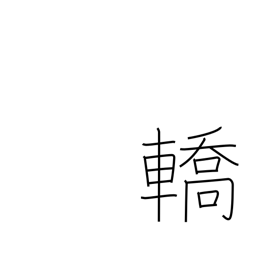
Meaning: litter